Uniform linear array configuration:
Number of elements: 4
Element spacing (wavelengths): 1
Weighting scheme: cosine
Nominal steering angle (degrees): -15
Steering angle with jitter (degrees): -14.298
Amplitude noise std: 0.05
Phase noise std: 0.05

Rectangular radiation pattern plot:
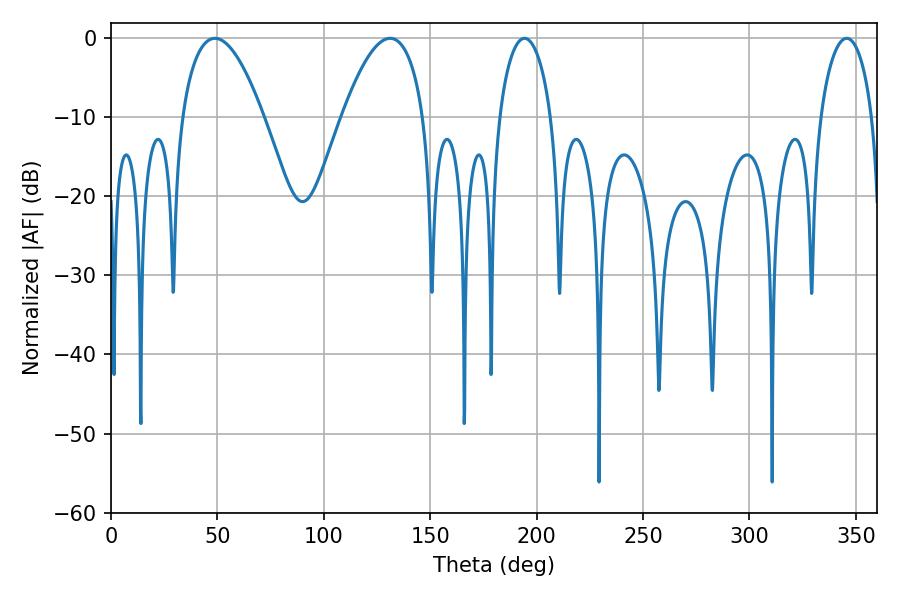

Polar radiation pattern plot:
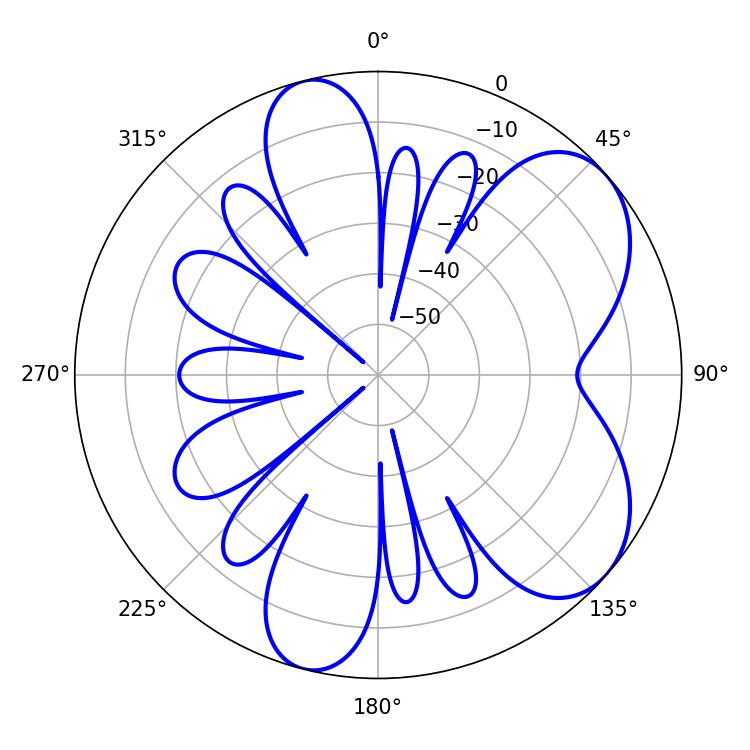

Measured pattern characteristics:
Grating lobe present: TRUE
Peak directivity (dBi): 6.34
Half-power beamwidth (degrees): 21.24
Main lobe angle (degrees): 48.78